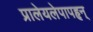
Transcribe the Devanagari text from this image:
प्रालेयलेपापहृन्